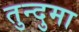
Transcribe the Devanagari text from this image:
तुन्दुमा